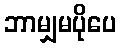
ဘာမျှမပိုပေ